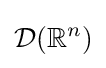
{\mathcal {D}}(\mathbb {R} ^{n})